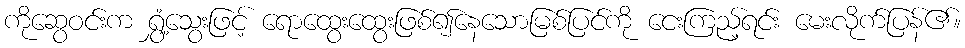
ကိုဆွေဝင်းက ရွှံ့သွေးဖြင့် ရောထွေးထွေးဖြစ်၍နေသောမြစ်ပြင်ကို ငေးကြည့်ရင်း မေးလိုက်ပြန်၏။